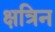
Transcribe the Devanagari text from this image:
क्षत्रिन